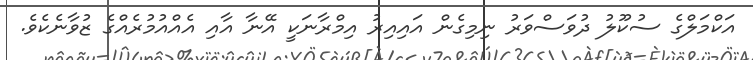
އަކްމަލްގެ ސުކޫލު ދުވަސްވަރު ނިމިގެން އައިއިރު އިމްރާނަކީ އޭނާ އާއި އެއްއުމުރެއްގެ ޒުވާނެކެވެ.